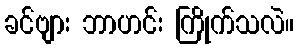
ခင်ဗျား ဘာဟင်း ကြိုက်သလဲ။